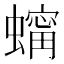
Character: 𧑶